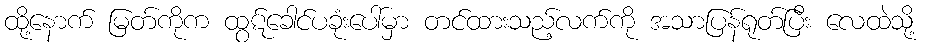
ထို့နောက် မြတ်ကိုက ထွဋ်ခေါင်ပခုံးပေါ်မှာ တင်ထားသည့်လက်ကို အသာပြန်ရုတ်ပြီး လေထဲသို့